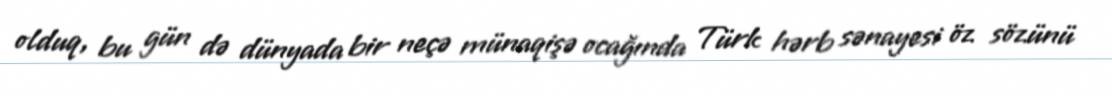
olduq, bu gün də dünyada bir neçə münaqişə ocağında Türk hərb sənayesi öz sözünü